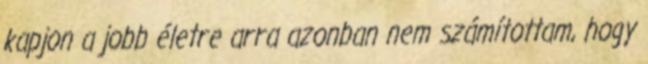
kapjon a jobb életre arra azonban nem számítottam, hogy